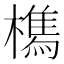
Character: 𭬘